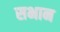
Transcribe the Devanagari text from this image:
सभान